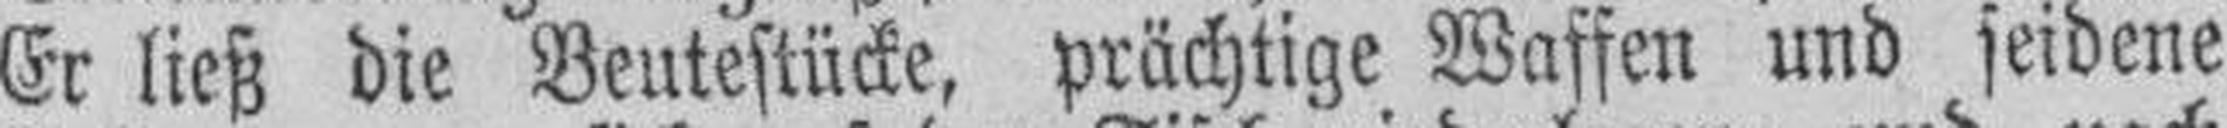
Er ließ die Beutestücke, prächtige Waffen und seidene